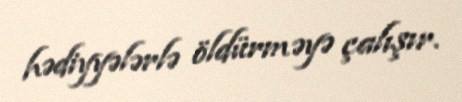
hədiyyələrlə öldürməyə çalışır.